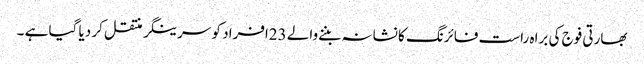
بھارتی فوج کی براہ راست فائرنگ کا نشانہ بننےوالے 23افراد کو سرینگر منتقل کر دیا گیا ہے ۔